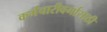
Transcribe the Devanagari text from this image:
कर्मचारीवर्गासाठी